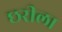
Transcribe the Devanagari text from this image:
छरीला